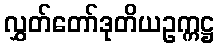
လွှတ်တော်ဒုတိယဥက္ကဋ္ဌ